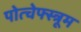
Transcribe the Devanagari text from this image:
पोत्चेफ्स्त्रूम